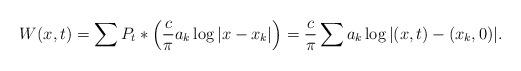
LaTeX: \begin{align*}W(x,t) = \sum P_t \ast \left(\frac{c}{\pi} a_k \log|x-x_k| \right) = \frac{c}{\pi}\sum a_k \log|(x,t)-(x_k,0)|. \end{align*}